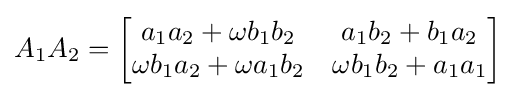
A_{1}A_{2}={\begin{bmatrix}a_{1}a_{2}+\omega b_{1}b_{2}&a_{1}b_{2}+b_{1}a_{2}\\\omega b_{1}a_{2}+\omega a_{1}b_{2}&\omega b_{1}b_{2}+a_{1}a_{1}\end{bmatrix}}